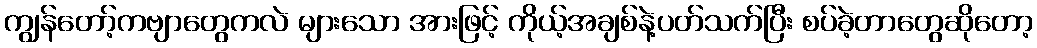
ကျွန်တော့်ကဗျာတွေကလဲ များသော အားဖြင့် ကိုယ့်အချစ်နဲ့ပတ်သက်ပြီး စပ်ခဲ့တာတွေဆိုတော့